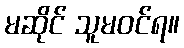
မဆိုင် သူမဝင်ရ။